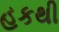
હકથી